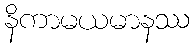
နိကာမယမာနဿ